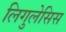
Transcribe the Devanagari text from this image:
लिगुलेसिस